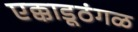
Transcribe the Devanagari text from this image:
एक्काडूठंगळ